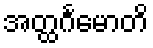
အတ္ထင်္ဂမောတိ